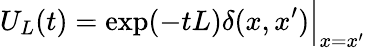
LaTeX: U_{L}(t)=\exp(-tL)\delta(x,x^{\prime})\Big\vert_{x=x^{\prime}}